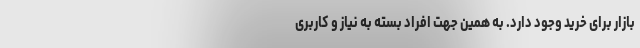
بازار برای خرید وجود دارد. به همین جهت افراد بسته به نیاز و کاربری